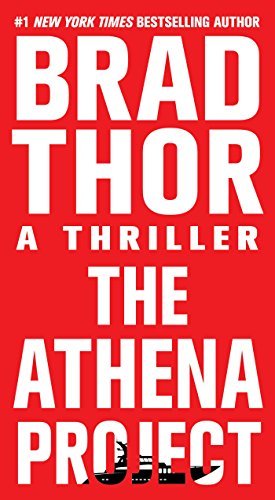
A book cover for The Athena Project: A Thriller (The Scot Harvath Series); Brad Thor; Literature & Fiction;